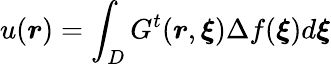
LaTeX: u(\boldsymbol{r})=\int_{D}G^{t}(\boldsymbol{r},\boldsymbol{\xi})\Delta f(\boldsymbol{\xi})d\boldsymbol{\xi}